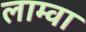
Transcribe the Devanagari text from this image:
लाम्वा